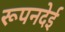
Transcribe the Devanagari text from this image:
रूपनदेई